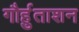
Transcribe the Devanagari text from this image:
गौर्हुताशन